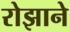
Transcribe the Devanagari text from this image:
रोझाने